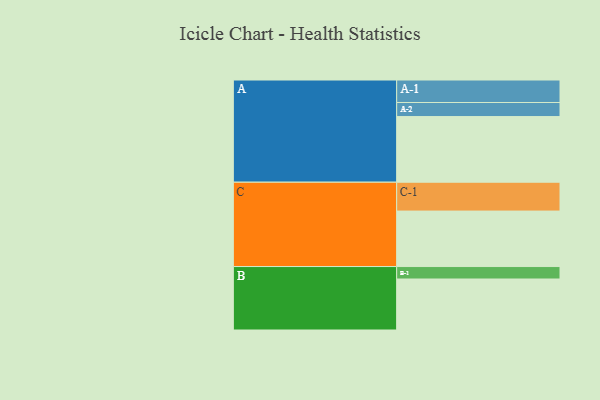
{"axis": {"x": "Segment", "y": "Value"}, "legend": ["", "A", "B", "C"], "data": [{"x": "A", "y": 569, "type": ""}, {"x": "B", "y": 442, "type": ""}, {"x": "C", "y": 481, "type": ""}, {"x": "A-1", "y": 195, "type": "A"}, {"x": "A-2", "y": 122, "type": "A"}, {"x": "B-1", "y": 108, "type": "B"}, {"x": "C-1", "y": 250, "type": "C"}]}